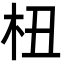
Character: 杻